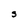
Character: S